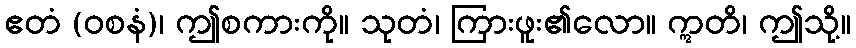
ဧတံ (ဝစနံ)၊ ဤစကားကို။ သုတံ၊ ကြားဖူး၏လော။ ဣတိ၊ ဤသို့။